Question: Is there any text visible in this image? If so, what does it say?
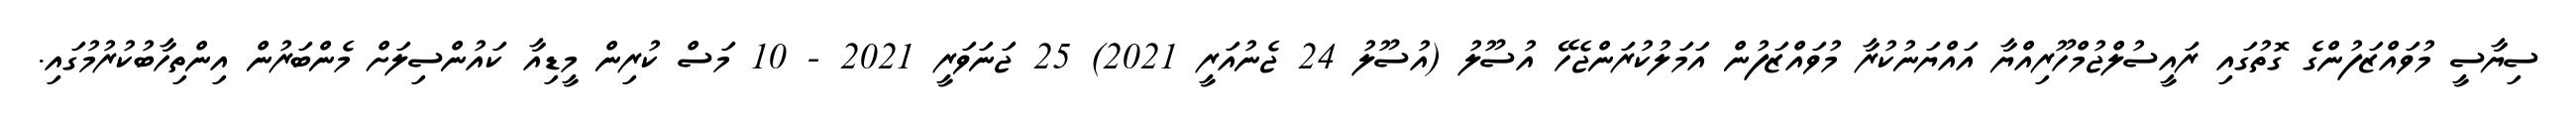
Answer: ސިޔާސީ މުވައްޒަފުންގެ ގޮތުގައި ރައީސުލްޖުމްހޫރިއްޔާ އައްޔަނުކުރާ މުވައްޒަފުން އަމަލުކުރަންޖެހޭ އުސޫލު (އުސޫލު 24 ޖެނުއަރީ 2021) 25 ޖަނަވަރީ 2021 - 10 މަސް ކުރިން މީޑިއާ ކައުންސިލަށް މެންބަރުން އިންތިހާބުކުރުމުގައި.